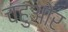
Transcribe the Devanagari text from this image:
चहुओर